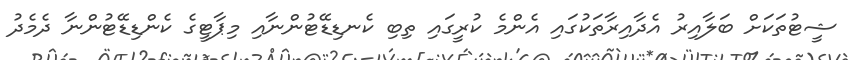
ޝީޓުތަކަށް ބަލާއިރު އެދާއިރާތަކުގައި އެންމެ ކުރީގައި ތިބި ކެނޑިޑޭޓުންނާއި މިޕާޓީގެ ކެންޑިޑޭޓުންނާ ދެމެދު